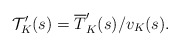
\begin{align*}\mathcal T^{\prime}_K(s)=\overline{T}^{\prime}_K(s)/v_{K}(s).\end{align*}